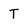
Character: T